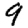
Digit: 9